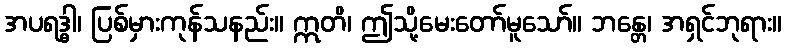
အပရဒ္ဓါ၊ ပြစ်မှားကုန်သနည်း။ ဣတိ၊ ဤသို့မေးတော်မူသော်။ ဘန္တေ၊ အရှင်ဘုရား။